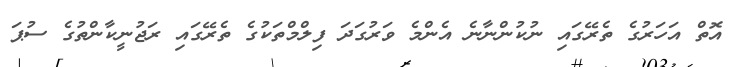
އޮތް އަހަރުގެ ތެރޭގައި ނުކުންނާނެ އެންމެ ވަރުގަދަ ފިލްމްތަކުގެ ތެރޭގައި ރަޖުނީކާންތުގެ ސުޕަ